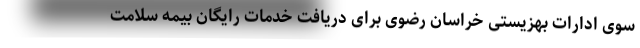
سوی ادارات بهزیستی خراسان رضوی برای دریافت خدمات رایگان بیمه سلامت